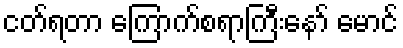
ငတ်ရတာ ကြောက်စရာကြီးနော် မောင်